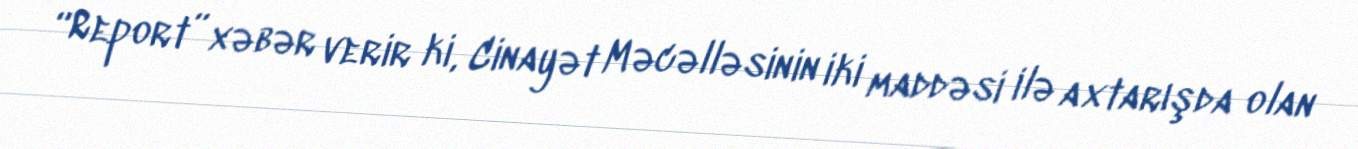
“Report” xəbər verir ki, Cinayət Məcəlləsinin iki maddəsi ilə axtarışda olan